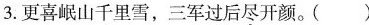
3.更喜岷山千里雪，三军过后尽开颜。()